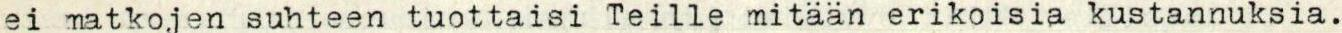
ei matkojen suhteen tuottaisi Teille mitään erikoisia kustannuksia.